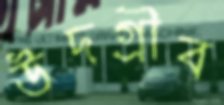
উদগ্রীব